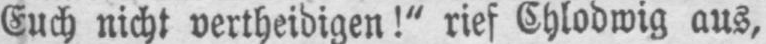
Euch nicht vertheidigen!“ rief Chlodwig aus,